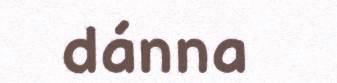
dánna